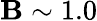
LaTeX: \mathbf{B}\sim1.0